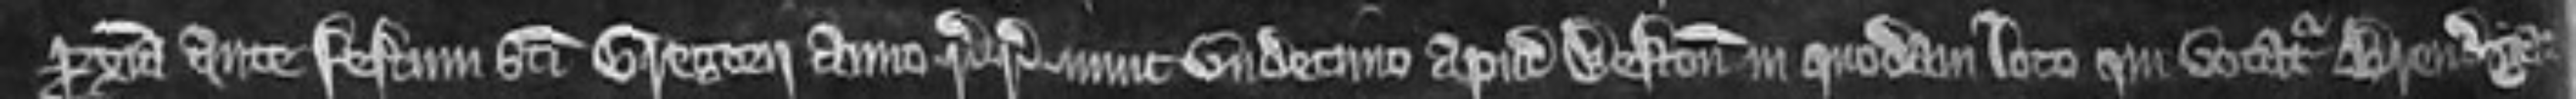
proxima ante festum sancti Gregorii anno regni regis nunc undecimo apud Weston in quodam loco qui vocatur Brendyate